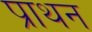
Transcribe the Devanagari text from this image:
प्राथन